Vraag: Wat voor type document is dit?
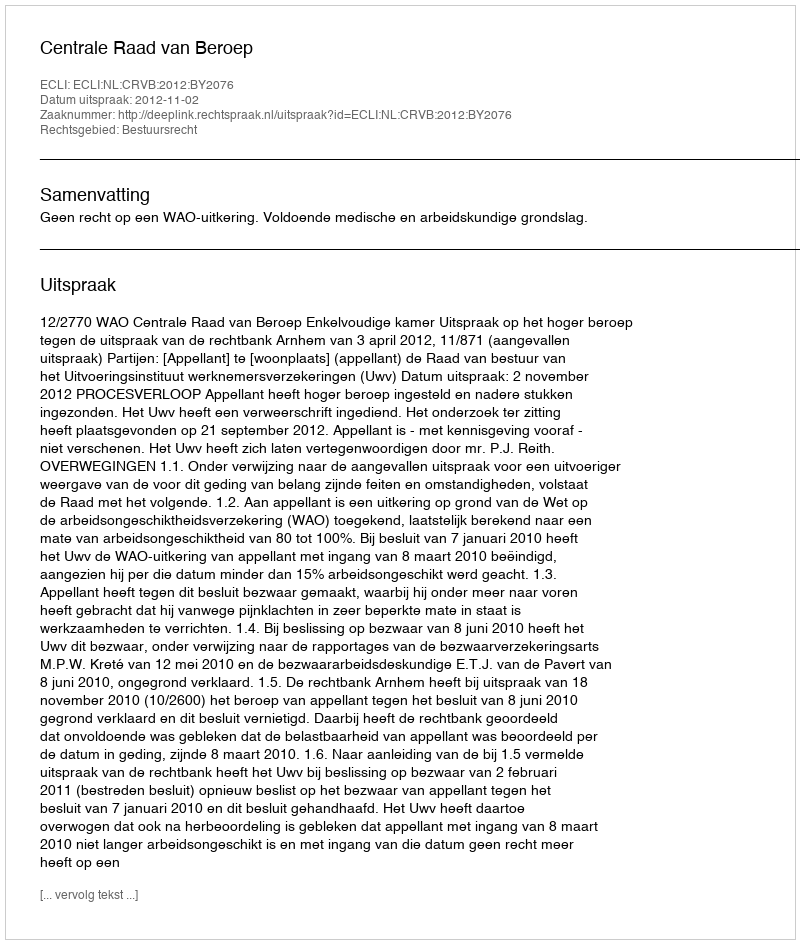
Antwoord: Uitspraak